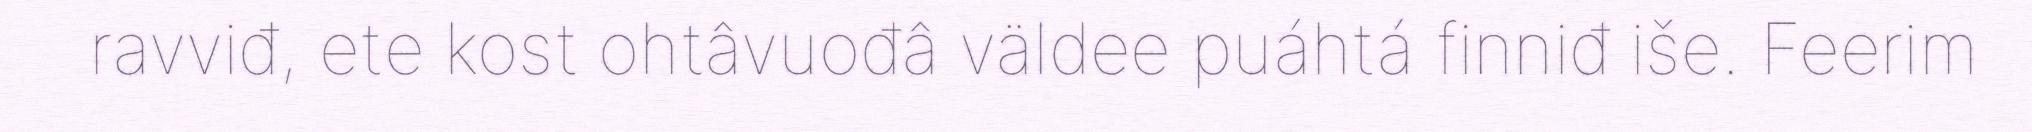
ravviđ, ete kost ohtâvuođâ väldee puáhtá finniđ iše. Feerim